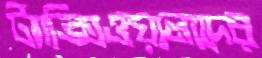
ট্যাক্সিওয়ালাদের